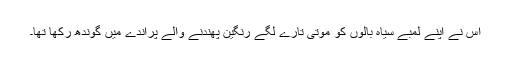
اُس نے اپنے لمبے سیاہ بالوں کو موتی تارے لگے رنگین پھندنے والے پراندے میں گوندھ رکھا تھا۔